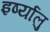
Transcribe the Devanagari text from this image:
इर्ष्यालु